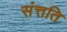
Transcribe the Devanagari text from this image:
संत्तति